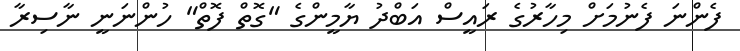
ފެންނަ ފެނުމަށް މިހާރުގެ ރައީސް އަބްދު ޔާމީންގެ "ގޮތް ފޮތް" ހުންނަނީ ނާސިރާ